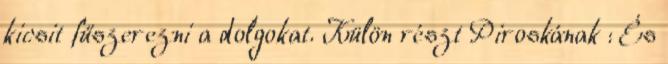
kicsit fűszerezni a dolgokat. Külön részt Piroskának : És